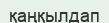
қаңқылдап